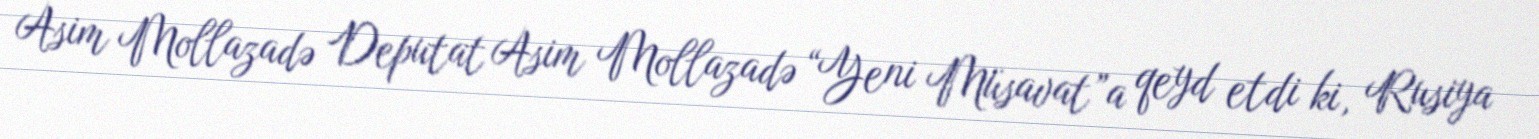
Asim Mollazadə Deputat Asim Mollazadə “Yeni Müsavat”a qeyd etdi ki, Rusiya